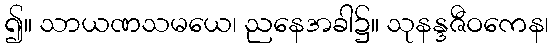
၍။ သာယဏသမယေ၊ ညနေအခါ၌။ သုနန္ဒဇီဝကေန၊